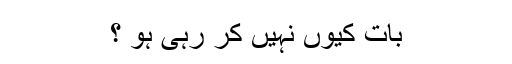
بات کیوں نہیں کر رہی ہو ؟